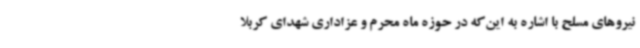
نیروهای مسلح با اشاره به این‌که در حوزه ماه محرم و عزاداری شهدای کربلا